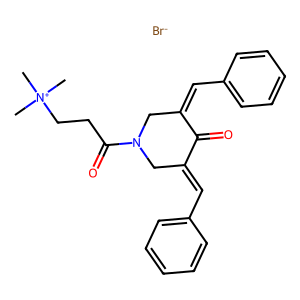
SMILES: C[N+](C)(C)CCC(=O)N1CC(=Cc2ccccc2)C(=O)C(=Cc2ccccc2)C1.[Br-]
Inhibits HIV replication: No